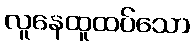
လူနေထူထပ်သော